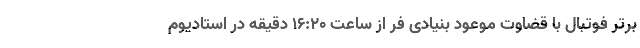
برتر فوتبال با قضاوت موعود بنیادی فر از ساعت ۱۶:۲۰ دقیقه در استادیوم